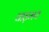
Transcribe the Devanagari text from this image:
वाड़मय